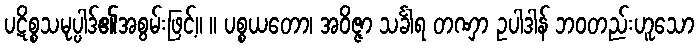
ပဋိစ္စသမုပ္ပါဒ်၏အစွမ်းဖြင့်။ ။ ပစ္စယတော၊ အဝိဇ္ဇာ သင်္ခါရ တဏှာ ဥပါဒါန် ဘဝတည်းဟူသော